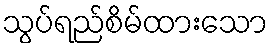
သွပ်ရည်စိမ်ထားသော